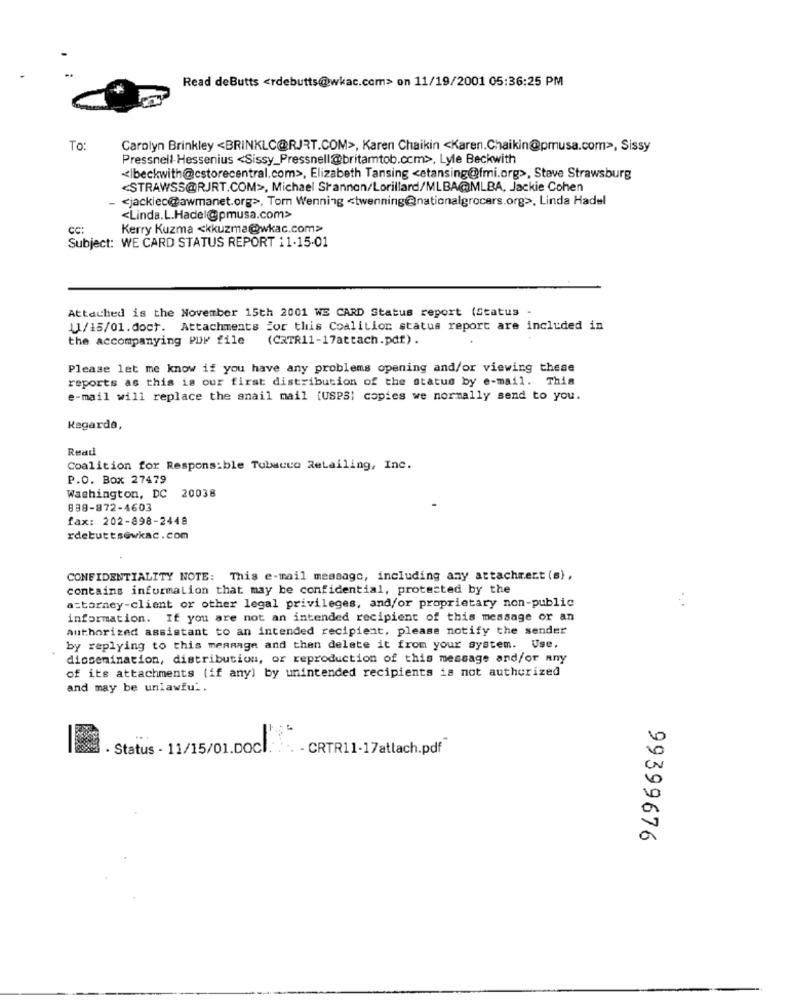
Read deButts <rdebutts@wkac.com> on 11/19/2001 05:36:25 PM
To:
Carolyn Brinkley <BRINKLC@RJRT.COM>, Karen Chaikin <Karen.Chaikin@prusa.com>, Sissy
Pressnell-Hessenius <Sissy_Pressnell@britamtob.com>, Lyle Beckwith
<|beckwith@cstorecentral.com>, Elizabeth Tansing <etansing@fmi.org>, Steve Strawsburg
<STRAWSS@RJRT.COM>, Michael Shannon/Lorillard/MLBA@MLBA, Jackie Cohen
<jackiec@awmanet.org>, Tom Wenning <twenning@nationalgrocers.org>. Linda Hadel
<Linda.L.Hadel@pmusa.com>
cc:
Kerry Kuzma <kkuzma@wkac.com>
Subject: WE CARD STATUS REPORT 11-15-01
Attached is the November 15th 2001 WE CARD Status report (Status
11/15/01.doct. Attachments For this Coalition status report are included in
the accompanying PDF file
(CRTR11-17attach.pdf).
Please let me know if you have any problems opening and/or viewing these
reports as this is our first distribution of the status by e-mail. This
e-mail will replace the snail mail {USPS; copies we normally send to you.
Kagarda,
Read
Coalition for Responsible Tulsacco Retailing, Inc.
P.O. Box 27479
Washington, DC 20038
838-872-4603
fax: 202-898-2448
rdebutts@wkac.com
CONFIDENTIALITY NOTE: This e-mail message, including any attachment (s),
contains information that may be confidential, protected by the
attorney-client or other legal privileges, and/or proprietary non-public
information. If you are not an intended recipient of this message or an
authorized assistant to an intended recipient, please notify the sender
by replying to this message and then delete it from your system. Use,
dissemination, distribution, or reproduction of this message and/or any
of its attachments (if any) by unintended recipients is not authorized
and may be unlawfu ..
· Status - 11/15/01.DOCI.
- CRTR11-17attach.pdf
99399676